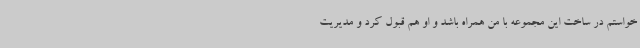
خواستم در ساخت این مجموعه با من همراه باشد و او هم قبول کرد و مدیریت